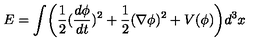
E = \int \biggl ( \frac 1 2 ( \frac { d \phi } { d t } ) ^ { 2 } + \frac 1 2 ( \nabla \phi ) ^ { 2 } + V ( \phi ) \biggr ) d ^ { 3 } x